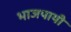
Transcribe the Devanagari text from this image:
भाजपायी